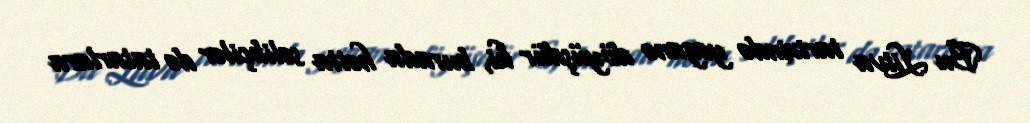
Bu Litva tarixində yeganə döyüşdür ki, burada hətta səlibçilər də tatarlara